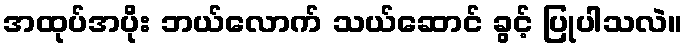
အထုပ်အပိုး ဘယ်လောက် သယ်ဆောင် ခွင့် ပြုပါသလဲ။